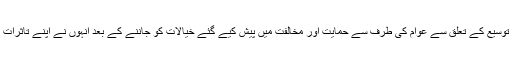
پورٹ کی توسیع کے تعلق سے عوام کی طرف سے حمایت اور مخالفت میں پیش کیے گئے خیالات کو جاننے کے بعد انہوں نے اپنے تاثرات بیان کیے۔